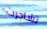
تشاجرت